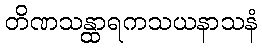
တိဏသန္ထာရကသယနာသနံ